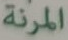
المرنة